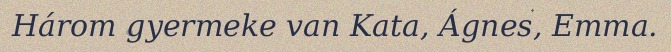
Három gyermeke van Kata, Ágnes, Emma.